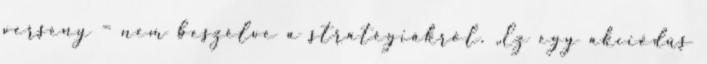
verseny – nem beszélve a stratégiákról. „Ez egy akciódús